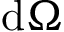
\mathrm { d } \Omega